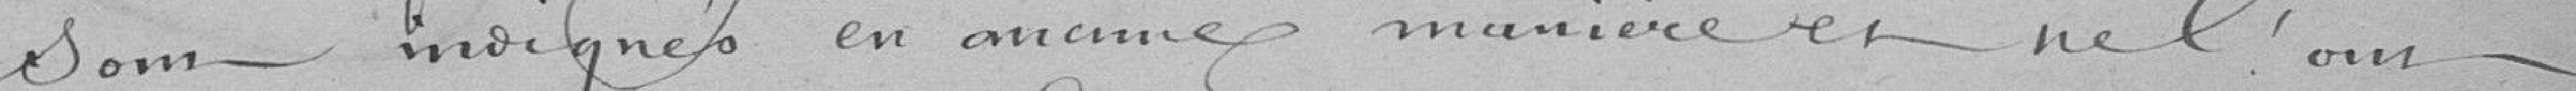
Som - indignes en anamnes manière en hel 'our